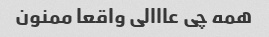
همه چی عااالی واقعا ممنون